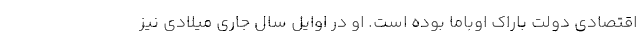
اقتصادی دولت باراک اوباما بوده است. او در اوایل سال جاری میلادی نیز